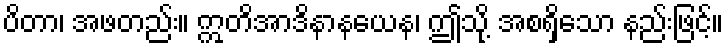
ပိတာ၊ အဖတည်း။ ဣတိအာဒိနာနယေန၊ ဤသို့ အစရှိသော နည်းဖြင့်။